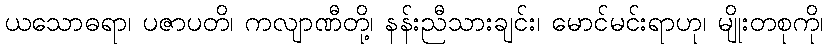
ယသောဓရာ၊ ပဇာပတိ၊ ကလျာဏီတို့၊ နန်းညီသားချင်း၊ မောင်မင်းရာဟု၊ မျိုးတစုကို၊